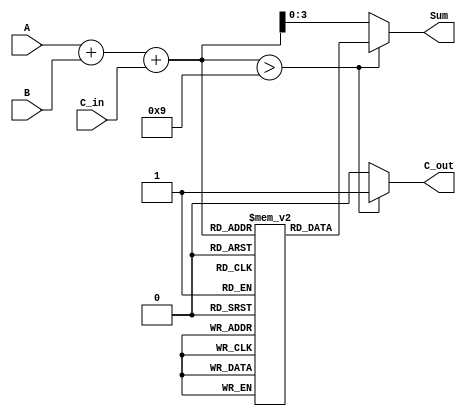
module BCD_LUT_Adder (
    input  wire [3:0] A,      // First BCD digit
    input  wire [3:0] B,      // Second BCD digit
    input  wire C_in,         // Carry-in
    output reg  [3:0] Sum,    // BCD sum output
    output reg  C_out         // Carry-out
);

    // Intermediate signals
    wire [4:0] S;             // 5-bit sum to accommodate carry
    reg [3:0] LUT [0:19];     // Look-Up Table for BCD correction

    // Initialize the LUT for BCD correction
    initial begin
        LUT[0]  = 4'b0000;    // 0
        LUT[1]  = 4'b0001;    // 1
        LUT[2]  = 4'b0010;    // 2
        LUT[3]  = 4'b0011;    // 3
        LUT[4]  = 4'b0100;    // 4
        LUT[5]  = 4'b0101;    // 5
        LUT[6]  = 4'b0110;    // 6
        LUT[7]  = 4'b0111;    // 7
        LUT[8]  = 4'b1000;    // 8
        LUT[9]  = 4'b1001;    // 9
        LUT[10] = 4'b0000;    // 10 (corrected to 0)
        LUT[11] = 4'b0001;    // 11 (corrected to 1)
        LUT[12] = 4'b0010;    // 12 (corrected to 2)
        LUT[13] = 4'b0011;    // 13 (corrected to 3)
        LUT[14] = 4'b0100;    // 14 (corrected to 4)
        LUT[15] = 4'b0101;    // 15 (corrected to 5)
        LUT[16] = 4'b0110;    // 16 (corrected to 6)
        LUT[17] = 4'b0111;    // 17 (corrected to 7)
        LUT[18] = 4'b1000;    // 18 (corrected to 8)
        LUT[19] = 4'b1001;    // 19 (corrected to 9)
    end

    // Binary addition of A, B and C_in
    assign S = A + B + C_in;

    // Determine the BCD sum and carry-out
    always @(*) begin
        if (S > 9) begin
            Sum = LUT[S];       // Get the corrected BCD value from LUT
            C_out = 1;         // Set carry-out
        end else begin
            Sum = S[3:0];      // Directly assign the sum if <= 9
            C_out = 0;         // No carry-out
        end
    end

endmodule